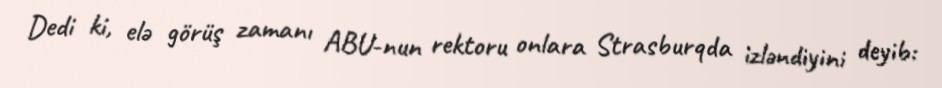
Dedi ki, elə görüş zamanı ABU-nun rektoru onlara Strasburqda izləndiyini deyib: